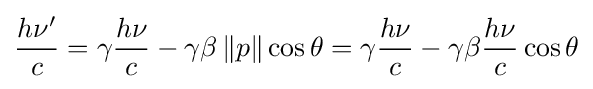
{\frac {h\nu '}{c}}=\gamma {\frac {h\nu }{c}}-\gamma \beta \left\Vert p\right\|\cos \theta =\gamma {\frac {h\nu }{c}}-\gamma \beta {\frac {h\nu }{c}}\cos \theta